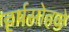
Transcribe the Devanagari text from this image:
हर्षसोहळे